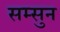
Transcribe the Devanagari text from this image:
सम्सुन